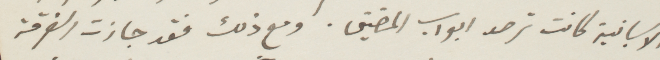
الأسبانية كانت ترصد ابوآب المضيق. ومع ذلك فقد جازت الفرقة